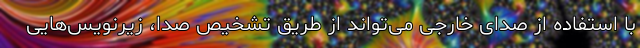
با استفاده از صدای خارجی می‌تواند از طریق تشخیص صدا، زیرنویس‌هایی